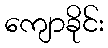
ကျောခိုင်း